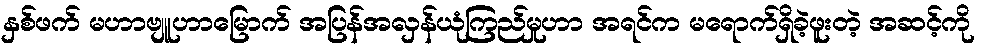
နှစ်ဖက် မဟာဗျူဟာမြောက် အပြန်အလှန်ယုံကြည်မှုဟာ အရင်က မရောက်ရှိခဲ့ဖူးတဲ့ အဆင့်ကို